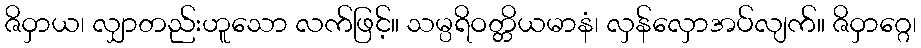
ဇိဝှာယ၊ လျှာတည်းဟူသော လက်ဖြင့်။ သမ္ပရိဝတ္တိယမာနံ၊ လှန်လှောအပ်လျက်။ ဇိဝှာဂ္ဂေ၊